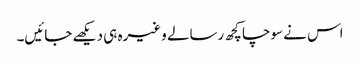
اس نے سوچا کچھ رسالے وغیرہ ہی دیکھے جائیں۔